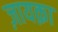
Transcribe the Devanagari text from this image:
ज़ायक़ा